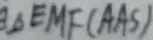
\Delta E M F ( A A S )